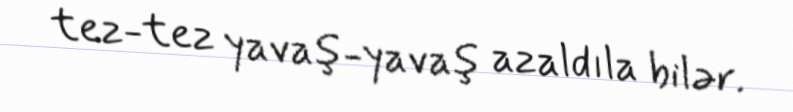
tez-tez yavaş-yavaş azaldıla bilər.